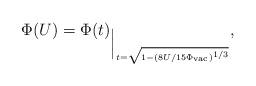
LaTeX: \begin{align*}\Phi(U)=\Phi(t)_{\Big|_{t=\sqrt{1-(8U/15\Phi_{\rm vac})^{1/3}}}},\end{align*}